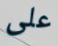
على